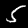
Label: 5